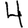
Digit: 4